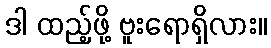
ဒါ ထည့်ဖို့ ဗူးရောရှိလား။